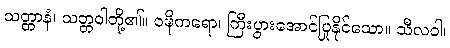
သတ္တာနံ၊ သတ္တဝါတို့၏။ ဝဍ္ဎိကရော၊ ကြီးပွားအောင်ပြုနိုင်သော။ သီလဝါ၊